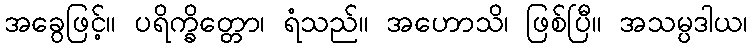
အခွေဖြင့်။ ပရိက္ခိတ္တော၊ ရံသည်။ အဟောသိ၊ ဖြစ်ပြီ။ အသမ္ပဒါယ၊